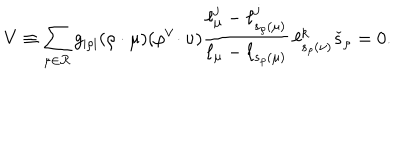
LaTeX: V \equiv \sum _ { \mu \in { \mathcal R } } g _ { | \rho | } ( \rho \cdot \mu ) ( \rho ^ { \vee } \! \cdot \nu ) \frac { \ell _ { \mu } ^ { j } - \ell _ { s _ { \rho } ( \mu ) } ^ { j } } { \ell _ { \mu } - \ell _ { s _ { \rho } ( \mu ) } } \, \ell _ { s _ { \rho } ( \nu ) } ^ { k } \check { s } _ { \rho } = 0 .